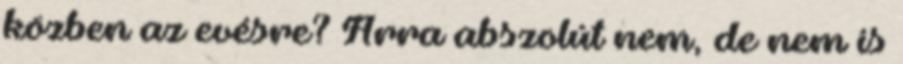
közben az evésre? Arra abszolút nem, de nem is